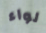
لواء